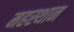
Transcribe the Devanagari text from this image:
महस्थान